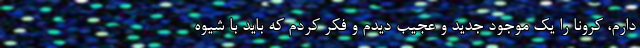
دارم، کرونا را یک موجود جدید و عجیب دیدم و فکر کردم که باید با شیوه